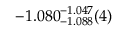
- 1 . 0 8 0 _ { - 1 . 0 8 8 } ^ { - 1 . 0 4 7 } ( 4 )